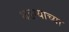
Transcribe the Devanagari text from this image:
थडग्याच्या